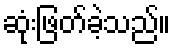
ဆုံးဖြတ်ခဲ့သည်။